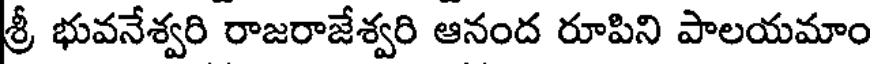
శ్రీ భువనేశ్వరి రాజరాజేశ్వరి ఆనంద రూపిని పాలయమాం